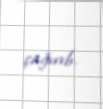
çağırıb.